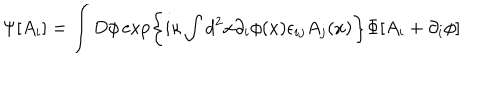
\Psi [ A _ { i } ] = \int D \phi \exp \left\{ i \kappa \int d ^ { 2 } x \partial _ { i } \phi ( x ) \epsilon _ { i j } A _ { j } ( x ) \right\} \Phi [ A _ { i } + \partial _ { i } \phi ]